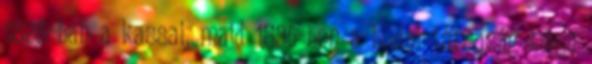
1828-ban a kassai, majd 1835-ben a budai társaság tagja